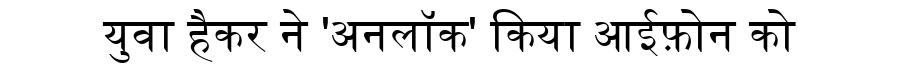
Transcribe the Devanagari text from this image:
युवा हैकर ने 'अनलॉक' किया आईफ़ोन को